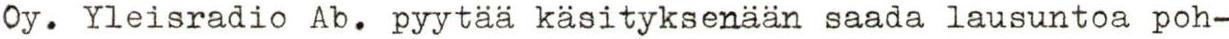
Oy. Yleisradio Ab. pyytää käsityksenään saada lausuntoa poh-